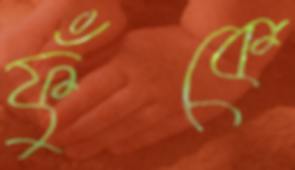
ফুঁকে